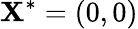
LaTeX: \mathbf{X}^{*}=(0,0)